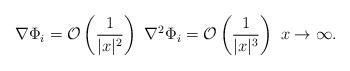
LaTeX: \begin{align*} \nabla \Phi_i = {\mathcal O}\left( \frac{1}{|x|^{2}}\right) \ \nabla^{2} \Phi_i = {\mathcal O}\left( \frac{1}{|x|^{3}}\right) \ x \rightarrow \infty .\end{align*}